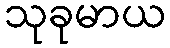
သုခုမာယ